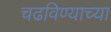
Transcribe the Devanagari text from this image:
चढविण्याच्या